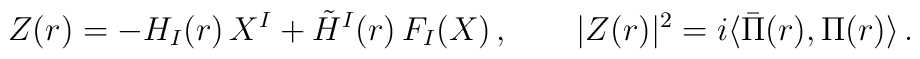
Z(r)= - H_I(r)\, X^I + \tilde H^I(r)\, F_I(X)\,,\qquad \vert Z(r)\vert^2 = i \langle \bar \Pi(r) ,\Pi(r)\rangle \,.